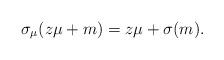
LaTeX: \begin{align*}\sigma_{\mu}(z\mu+m)=z\mu+\sigma(m).\end{align*}